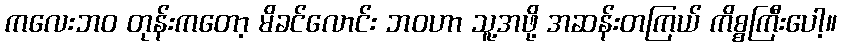
ကလေးဘဝ တုန်းကတော့ မိခင်လောင်း ဘဝဟာ သူ့အဖို့ အဆန်းတကြယ် ကိစ္စကြီးပေါ့။